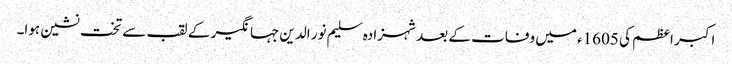
اکبر اعظم کی 1605ء میں وفات کے بعد شہزادہ سلیم نور الدین جہانگیر کے لقب سے تخت نشین ہوا۔